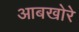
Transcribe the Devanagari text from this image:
आबखोरे